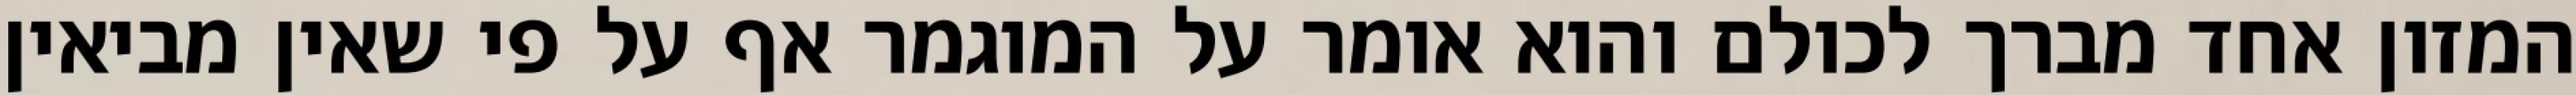
המזון אחד מברך לכולם והוא אומר על המוגמר אף על פי שאין מביאין